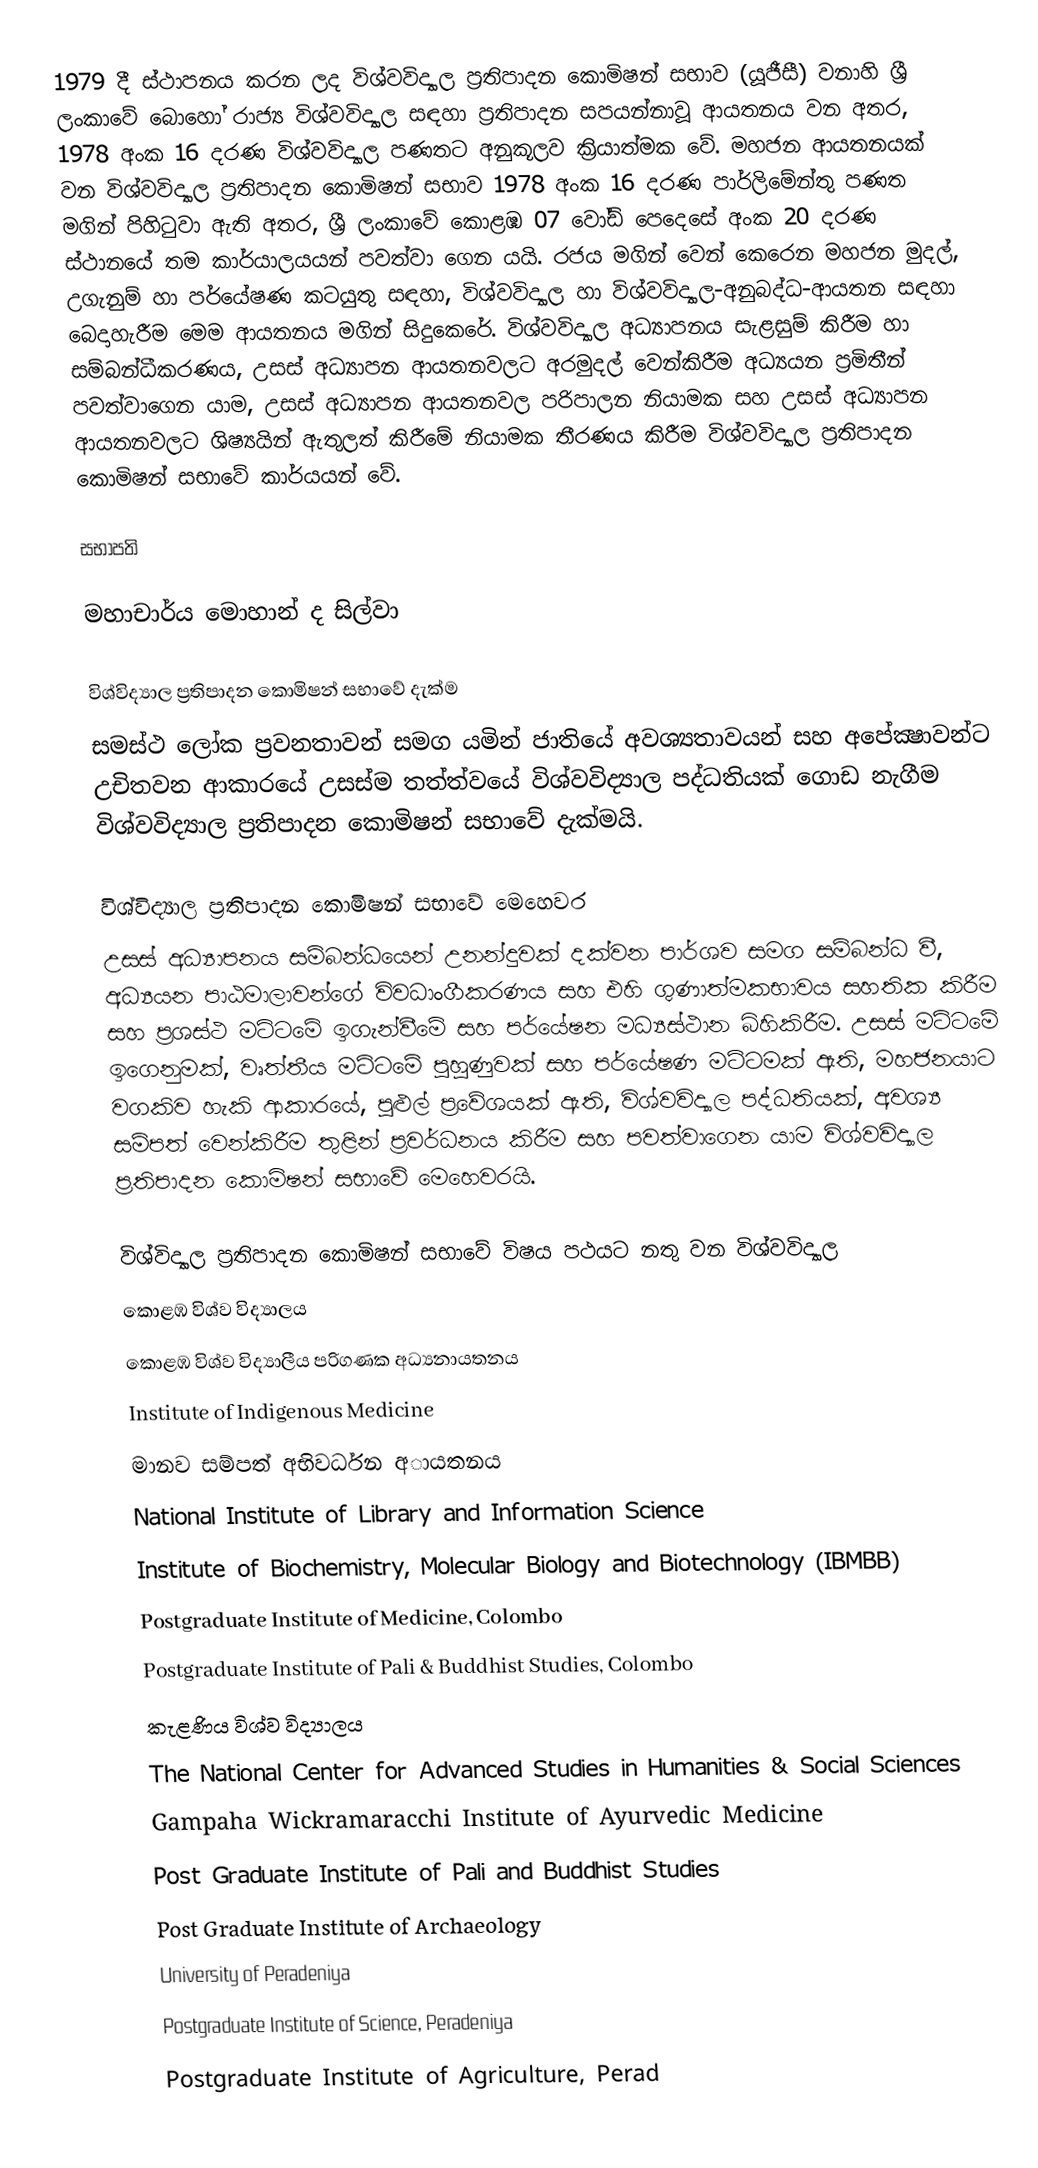
1979 දී ස්ථාපනය කරන ලද විශ්වවිද්‍යාල ප්‍රතිපාදන කොමිෂන් සභාව  (යූජීසී) වනාහි ශ්‍රී ලංකාවේ බොහෝ රාජ්‍ය විශ්වවිද්‍යාල සඳහා ප්‍රතිපාදන සපයන්නාවූ ආයතනය වන අතර, 1978 අංක 16 දරණ විශ්වවිද්‍යාල පණතට අනුකූලව ක්‍රියාත්මක වේ.  මහජන ආයතනයක් වන විශ්වවිද්‍යාල ප්‍රතිපාදන කොමිෂන් සභාව  1978 අංක 16 දරණ  පාර්ලිමේන්තු පණත මගින් පිහිටුවා ඇති අතර,  ශ්‍රී ලංකාවේ කොළඹ 07 වෝඩ් පෙදෙසේ අංක 20 දරණ ස්ථානයේ තම කාර්යාලයයන් පවත්වා ගෙන යයි. රජය මගින් වෙන් කෙරෙන මහජන මුදල්, උගැනුම් හා  පර්යේෂණ කටයුතු සඳහා, විශ්වවිද්‍යාල හා විශ්වවිද්‍යාල-අනුබද්ධ-ආයතන සඳහා බෙදාහැරීම මෙම ආයතනය මගින් සිදුකෙරේ.  විශ්වවිද්‍යාල අධ්‍යාපනය සැළසුම් කිරීම හා සම්බන්ධීකරණය, උසස් අධ්‍යාපන ආයතනවලට අරමුදල් වෙන්කිරීම අධ්‍යයන ප්‍රමිතීන් පවත්වාගෙන යාම, උසස් අධ්‍යාපන ආයතනවල පරිපාලන නියාමක සහ උසස් අධ්‍යාපන ආයතනවලට ශිෂ්‍යයින් ඇතුලත් කිරීමේ නියාමක තීරණය කිරීම විශ්වවිද්‍යාල ප්‍රතිපාදන කොමිෂන් සභාවේ කාර්යයන් වේ.

සභාපති

 මහාචාර්ය මොහාන් ද සිල්වා

විශ්විද්‍යාල ප්‍රතිපාදන කොමිෂන් සභාවේ දැක්ම
සමස්ථ ලෝක ප්‍රවනතාවන් සමග යමින් ජාතියේ අවශ්‍යතාවයන් සහ අපේක්‍ෂාවන්ට උචිතවන ආකාරයේ උසස්ම තත්ත්වයේ විශ්වවිද්‍යාල පද්ධතියක් ගොඩ නැගීම විශ්වවිද්‍යාල ප්‍රතිපාදන කොමිෂන් සභාවේ දැක්මයි.

විශ්විද්‍යාල ප්‍රතිපාදන කොමිෂන් සභාවේ මෙහෙවර
උසස් අධ්‍යාපනය සම්බන්ධයෙන් උනන්දුවක් දක්වන පාර්ශව සමග සම්බන්ධ වී, අධ්‍යයන පාඨමාලාවන්ගේ විවධාංගීකරණය සහ එහි ගුණාත්මකභාවය සහතික කිරීම සහ ප්‍රශස්ථ මට්ටමේ ඉගැන්වීමේ සහ පර්යේෂන මධ්‍යස්ථාන බිහිකිරීම. උසස් මට්ටමේ ඉගෙනුමක්, වෘත්තීය මට්ටමේ පුහුණුවක් සහ පර්යේෂණ මට්ටමක් ඇති, මහජනයාට වගකිව හැකි ආකාරයේ, පුළුල් ප්‍රවේශයක් ඇති, විශ්වවිද්‍යාල පද්ධතියක්, අවශ්‍ය සම්පත් වෙන්කිරීම තුළින් ප්‍රවර්ධනය කිරීම සහ පවත්වාගෙන යාම විශ්වවිද්‍යාල ප්‍රතිපාදන කොමිෂන් සභාවේ මෙහෙවරයි.

විශ්විද්‍යාල ප්‍රතිපාදන කොමිෂන් සභාවේ විෂය පථයට නතු වන විශ්වවිද්‍යාල
කොළඹ විශ්ව විද්‍යාලය
කොළඹ විශ්ව විද්‍යාලීය පරිගණක අධ්‍යනායතනය
Institute of Indigenous Medicine
මානව සම්පත් අභිවර්ධන අායතනය
National Institute of Library and Information Science
Institute of Biochemistry, Molecular Biology and Biotechnology (IBMBB)
Postgraduate Institute of Medicine, Colombo
Postgraduate Institute of Pali & Buddhist Studies, Colombo
කැළණිය විශ්ව විද්‍යාලය
The National Center for Advanced Studies in Humanities & Social Sciences
Gampaha Wickramaracchi Institute of Ayurvedic Medicine
Post Graduate Institute of Pali and Buddhist Studies
Post Graduate Institute of Archaeology
University of Peradeniya
Postgraduate Institute of Science, Peradeniya
Postgraduate Institute of Agriculture, Perad